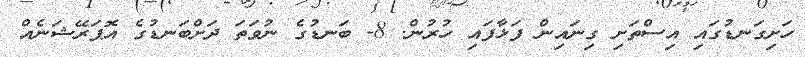
ހަށިގަނޑުގައި އިސްތަށި ގިނައިން ފަޅާފައި ހުރުން. 8- ބަނޑުގެ ނުވަތަ ދަށްބަނޑުގެ އޮޕަރޭޝަނެއް